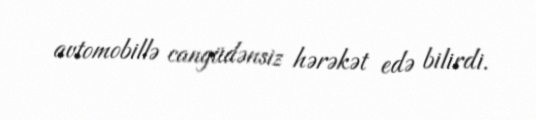
avtomobillə cangüdənsiz hərəkət edə bilirdi.